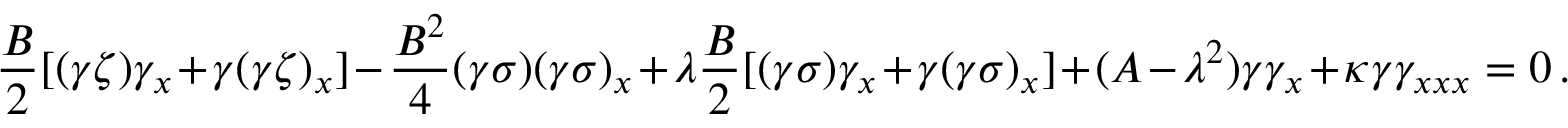
\frac { B } 2 [ ( \gamma \zeta ) \gamma _ { x } + \gamma ( \gamma \zeta ) _ { x } ] - \frac { B ^ { 2 } } { 4 } ( \gamma \sigma ) ( \gamma \sigma ) _ { x } + \lambda \frac { B } { 2 } [ ( \gamma \sigma ) \gamma _ { x } + \gamma ( \gamma \sigma ) _ { x } ] + ( A - \lambda ^ { 2 } ) \gamma \gamma _ { x } + \kappa \gamma \gamma _ { x x x } = 0 \, .